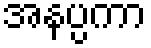
အနပ္ပကာ